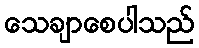
သေချာစေပါသည်